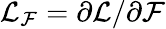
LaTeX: \mathcal{L}_{\mathcal{F}}=\partial\mathcal{L}/\partial\mathcal{F}